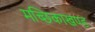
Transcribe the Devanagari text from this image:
मच्छिकाखण्ड